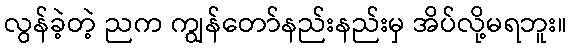
လွန်ခဲ့တဲ့ ညက ကျွန်တော်နည်းနည်းမှ အိပ်လို့မရဘူး။